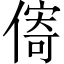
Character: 𪝣